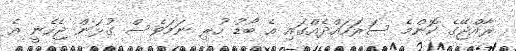
ރާއްޖޭގެ ކޮންމެ ސަރަހައްދެއްގައި އެ ބޯޑު ހުރި ނަމަވެސް ގުޅަން ޖެހެނީ އެ